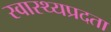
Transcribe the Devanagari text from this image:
स्वास्थ्यप्रदता